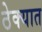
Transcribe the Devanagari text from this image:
ठेक्यात